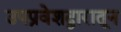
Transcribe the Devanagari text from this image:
उपप्रवेशद्वारातून